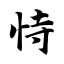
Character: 恃